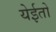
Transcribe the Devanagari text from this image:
येईतो